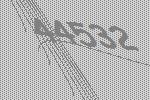
44532